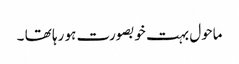
ماحول بہت خوبصورت ہو رہا تھا ۔